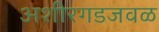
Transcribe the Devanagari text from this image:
अशीरगडजवळ